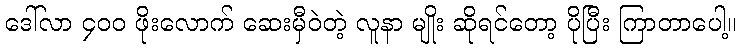
ဒေါ်လာ ၄၀၀ ဖိုးလောက် ဆေးမှီဝဲတဲ့ လူနာ မျိုး ဆိုရင်တော့ ပိုပြီး ကြာတာပေါ့။